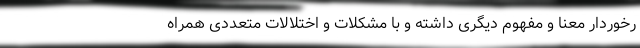
رخوردار معنا و مفهوم دیگری داشته و با مشکلات و اختلالات متعددی همراه